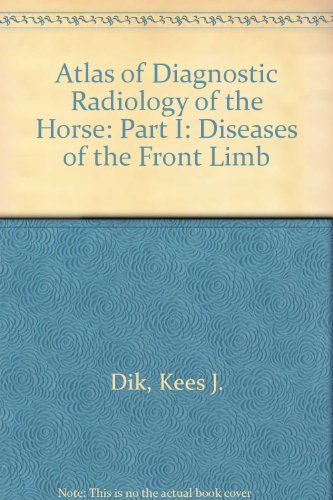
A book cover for Atlas of Diagnostic Radiology of the Horse, Part 1: Diseases of the Front Limb; Kees J. Dik; Medical Books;